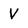
Character: V